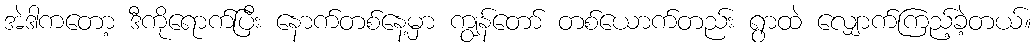
အဲဒါကတော့ ဒီကိုရောက်ပြီး နောက်တစ်နေ့မှာ ကျွန်တော် တစ်ယောက်တည်း ရွာထဲ လျှောက်ကြည့်ခဲ့တယ်။